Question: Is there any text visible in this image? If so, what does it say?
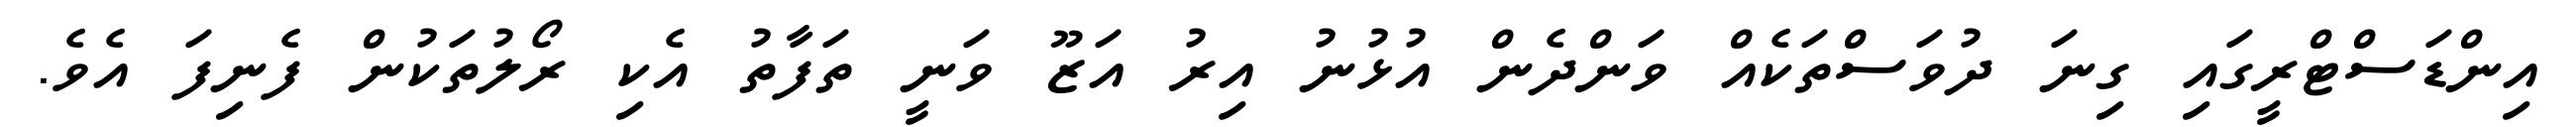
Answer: އިންޑަސްޓްރީގައި ގިނަ ދުވަސްތަކެއް ވަންދެން އުޅުނު އިރު އަޒޫ ވަނީ ތަފާތު އެކި ރޯލުތަކުން ފެނިފަ އެވެ.